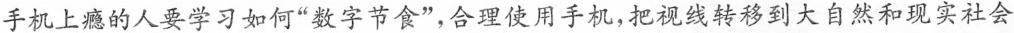
手机上瘾的人要学习如何”数字节食”，合理使用手机，把视线转移到大自然和现实社会